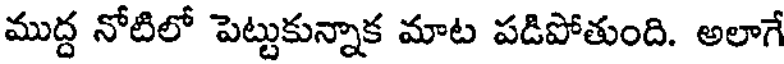
ముద్ద నోటిలో పెట్టుకున్నాక మాట పడిపోతుంది. అలాగే